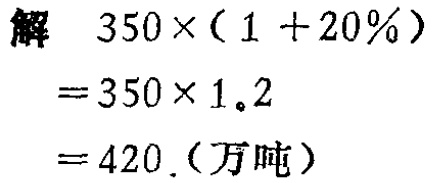
解 \(350\times(1 + 20\%)\)

\(=350\times1.2\)

\(=420\)(万吨)